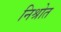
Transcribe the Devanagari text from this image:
निश्रोत